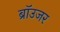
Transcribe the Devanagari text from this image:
ब्रॉउजर